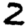
Digit: 2